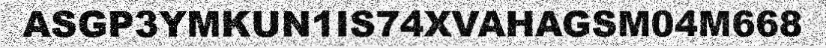
ASGP3YMKUN1IS74XVAHAGSM04M668